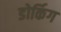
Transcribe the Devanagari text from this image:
डोर्किग